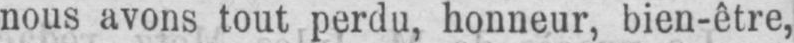
nous avons tout perdu, honneur, bien-être,